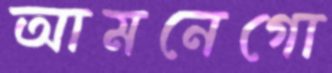
আমনেগো